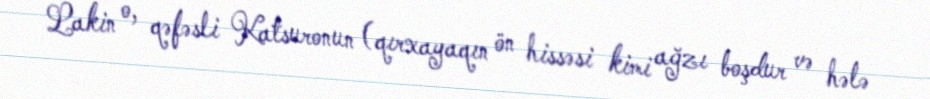
Lakin o, qəfəsli Katsuronun (qırxayaqın ön hissəsi kimi ağzı boşdur və hələ